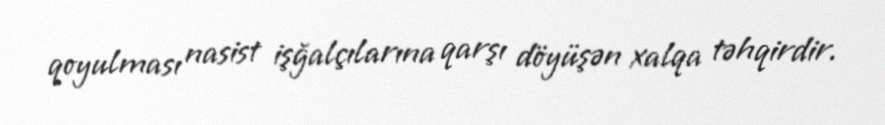
qoyulması nasist işğalçılarına qarşı döyüşən xalqa təhqirdir.